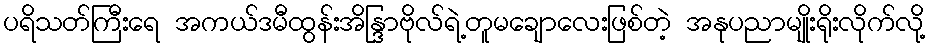
ပရိသတ်ကြီးရေ အကယ်ဒမီထွန်းအိန္ဒြာဗိုလ်ရဲ့တူမချောလေးဖြစ်တဲ့ အနုပညာမျိုးရိုးလိုက်လို့